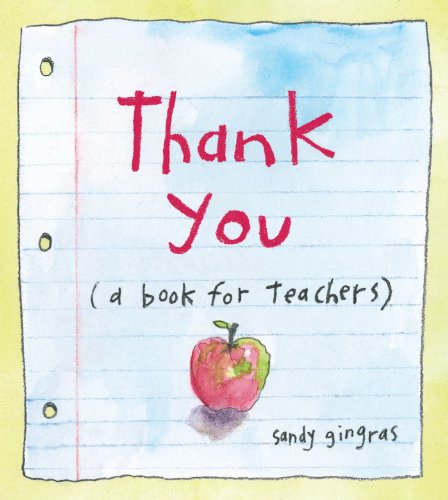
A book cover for Thank You: (a book for teachers); Sandy Gingras; Arts & Photography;